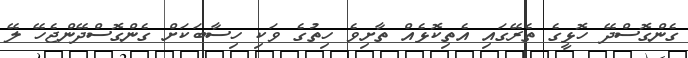
ގެންގޮސްދޭ ހޮޅީގެ ތެރޭގައި އެތިކޮޅެއް ތާށިވެ ހިތުގެ ވަކި ހިސާބަކަށް ގެންގޮސްދޭންޖެހޭ ލޭ